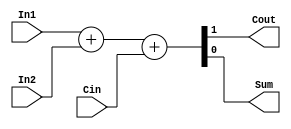
module FA_dataflow (Cout, Sum,In1,In2,Cin);   
	input In1,In2;   
	input Cin;   
	output Cout;   
	output Sum;     
	assign {Cout,Sum}=In1+In2+Cin; 
endmodule 

module FA_32bit(Cout, Sum,In1,In2,Cin);
	input [31:0] In1, In2;
	input Cin;
	output [31:0] Sum;
	output Cout;
	genvar j;
	wire[31:0] temp;
	
	FA_dataflow f(temp[0], Sum[0], In1[0], In2[0], Cin);
	generate for (j=1; j<32; j = j+1) 
	begin: add_loop
		FA_dataflow f(temp[j], Sum[j], In1[j], In2[j], temp[j-1]);
	end
	assign Cout = temp[31];
	endgenerate
	
endmodule

/* module tb32bitfa;   
	reg [31:0] In1, In2;
	reg Cin;
	wire [31:0] Sum; 
	wire Cout;	
	FA_32bit f(Cout, Sum,In1,In2,Cin);
	initial   
		begin   
			$monitor($time, " Sum = %h, Cout=%b",Sum, Cout);
			In1=32'hA5A5A5A4;     
			In2=32'h5A5A5A5A;   
			Cin = 1'b1;
			#400 $finish;   
		end
endmodule 
	 */